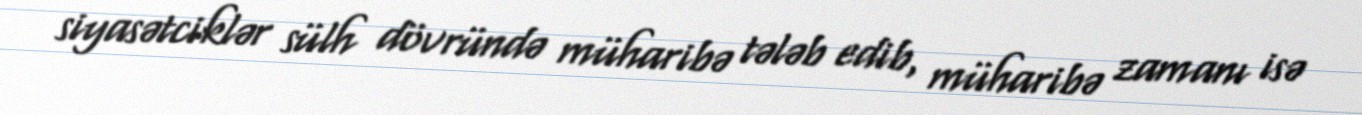
siyasətciklər sülh dövründə müharibə tələb edib, müharibə zamanı isə